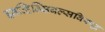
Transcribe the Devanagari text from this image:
इनव्हिन्सिबल्सविरुद्ध